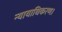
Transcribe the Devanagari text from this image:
न्यायाधिकरण।